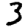
Digit: 3